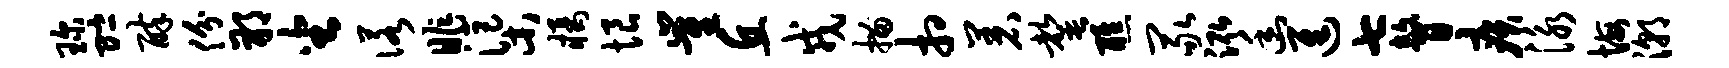
琛贮醉份朔坐诺昨渠橘恨崔丘戎描相着罄醮冢泓幽进七瞽疾泳悔潮